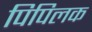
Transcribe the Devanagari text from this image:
पिपिलक